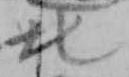
北